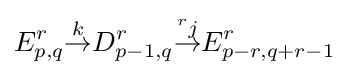
E_{p,q}^{r}{\overset {k}{\to }}D_{p-1,q}^{r}{\overset {{}^{r}j}{\to }}E_{p-r,q+r-1}^{r}